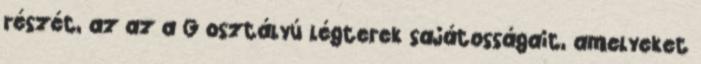
részét, az az a G osztályú légterek sajátosságait, amelyeket